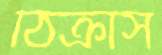
ঠিক্‌রাস